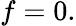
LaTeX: f=0.